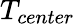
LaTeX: T_{center}